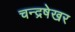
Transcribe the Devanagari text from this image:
चन्द्रषेखर